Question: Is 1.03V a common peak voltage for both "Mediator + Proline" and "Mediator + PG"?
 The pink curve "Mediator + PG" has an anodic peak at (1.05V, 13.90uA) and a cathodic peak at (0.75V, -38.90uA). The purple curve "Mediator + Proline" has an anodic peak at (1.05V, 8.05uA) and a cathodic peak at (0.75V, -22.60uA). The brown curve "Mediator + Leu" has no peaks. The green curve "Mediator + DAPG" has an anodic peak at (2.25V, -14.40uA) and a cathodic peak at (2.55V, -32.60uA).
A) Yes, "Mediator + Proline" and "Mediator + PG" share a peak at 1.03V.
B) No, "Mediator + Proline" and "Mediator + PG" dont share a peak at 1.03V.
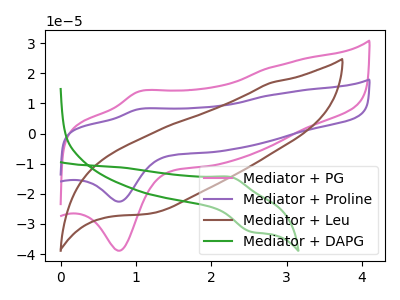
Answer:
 <answer>A) Yes, "Mediator + Proline" and "Mediator + PG" share a peak at 1.03V.</answer>
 <eval>A</eval>